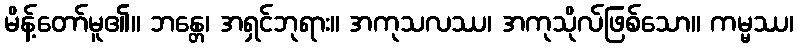
မိန့်တော်မူ၏။ ဘန္တေ၊ အရှင်ဘုရား။ အကုသလဿ၊ အကုသိုလ်ဖြစ်သော။ ကမ္မဿ၊